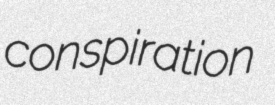
conspiration